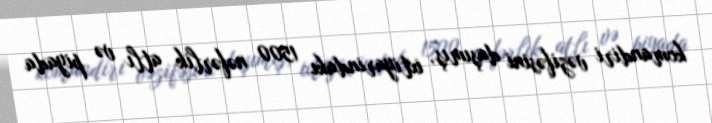
komandiri vəzifəsini daşımış, ixtiyarindakı 1500 nəfərlik atlı və piyada